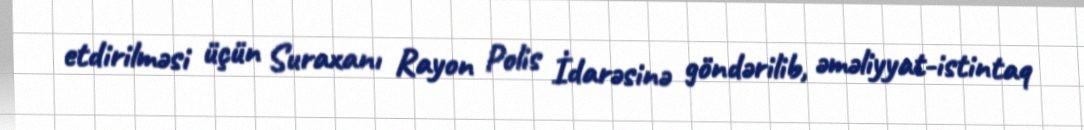
etdirilməsi üçün Suraxanı Rayon Polis İdarəsinə göndərilib, əməliyyat-istintaq